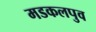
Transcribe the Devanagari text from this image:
मडकलपुव